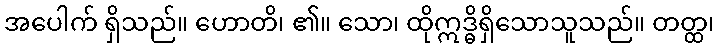
အပေါက် ရှိသည်။ ဟောတိ၊ ၏။ သော၊ ထိုဣဒ္ဓိရှိသောသူသည်။ တတ္ထ၊